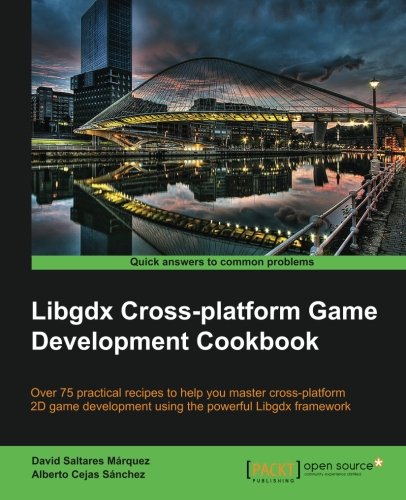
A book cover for Libgdx Cross-platform Game Development Cookbook; David Saltares Marquez; Computers & Technology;